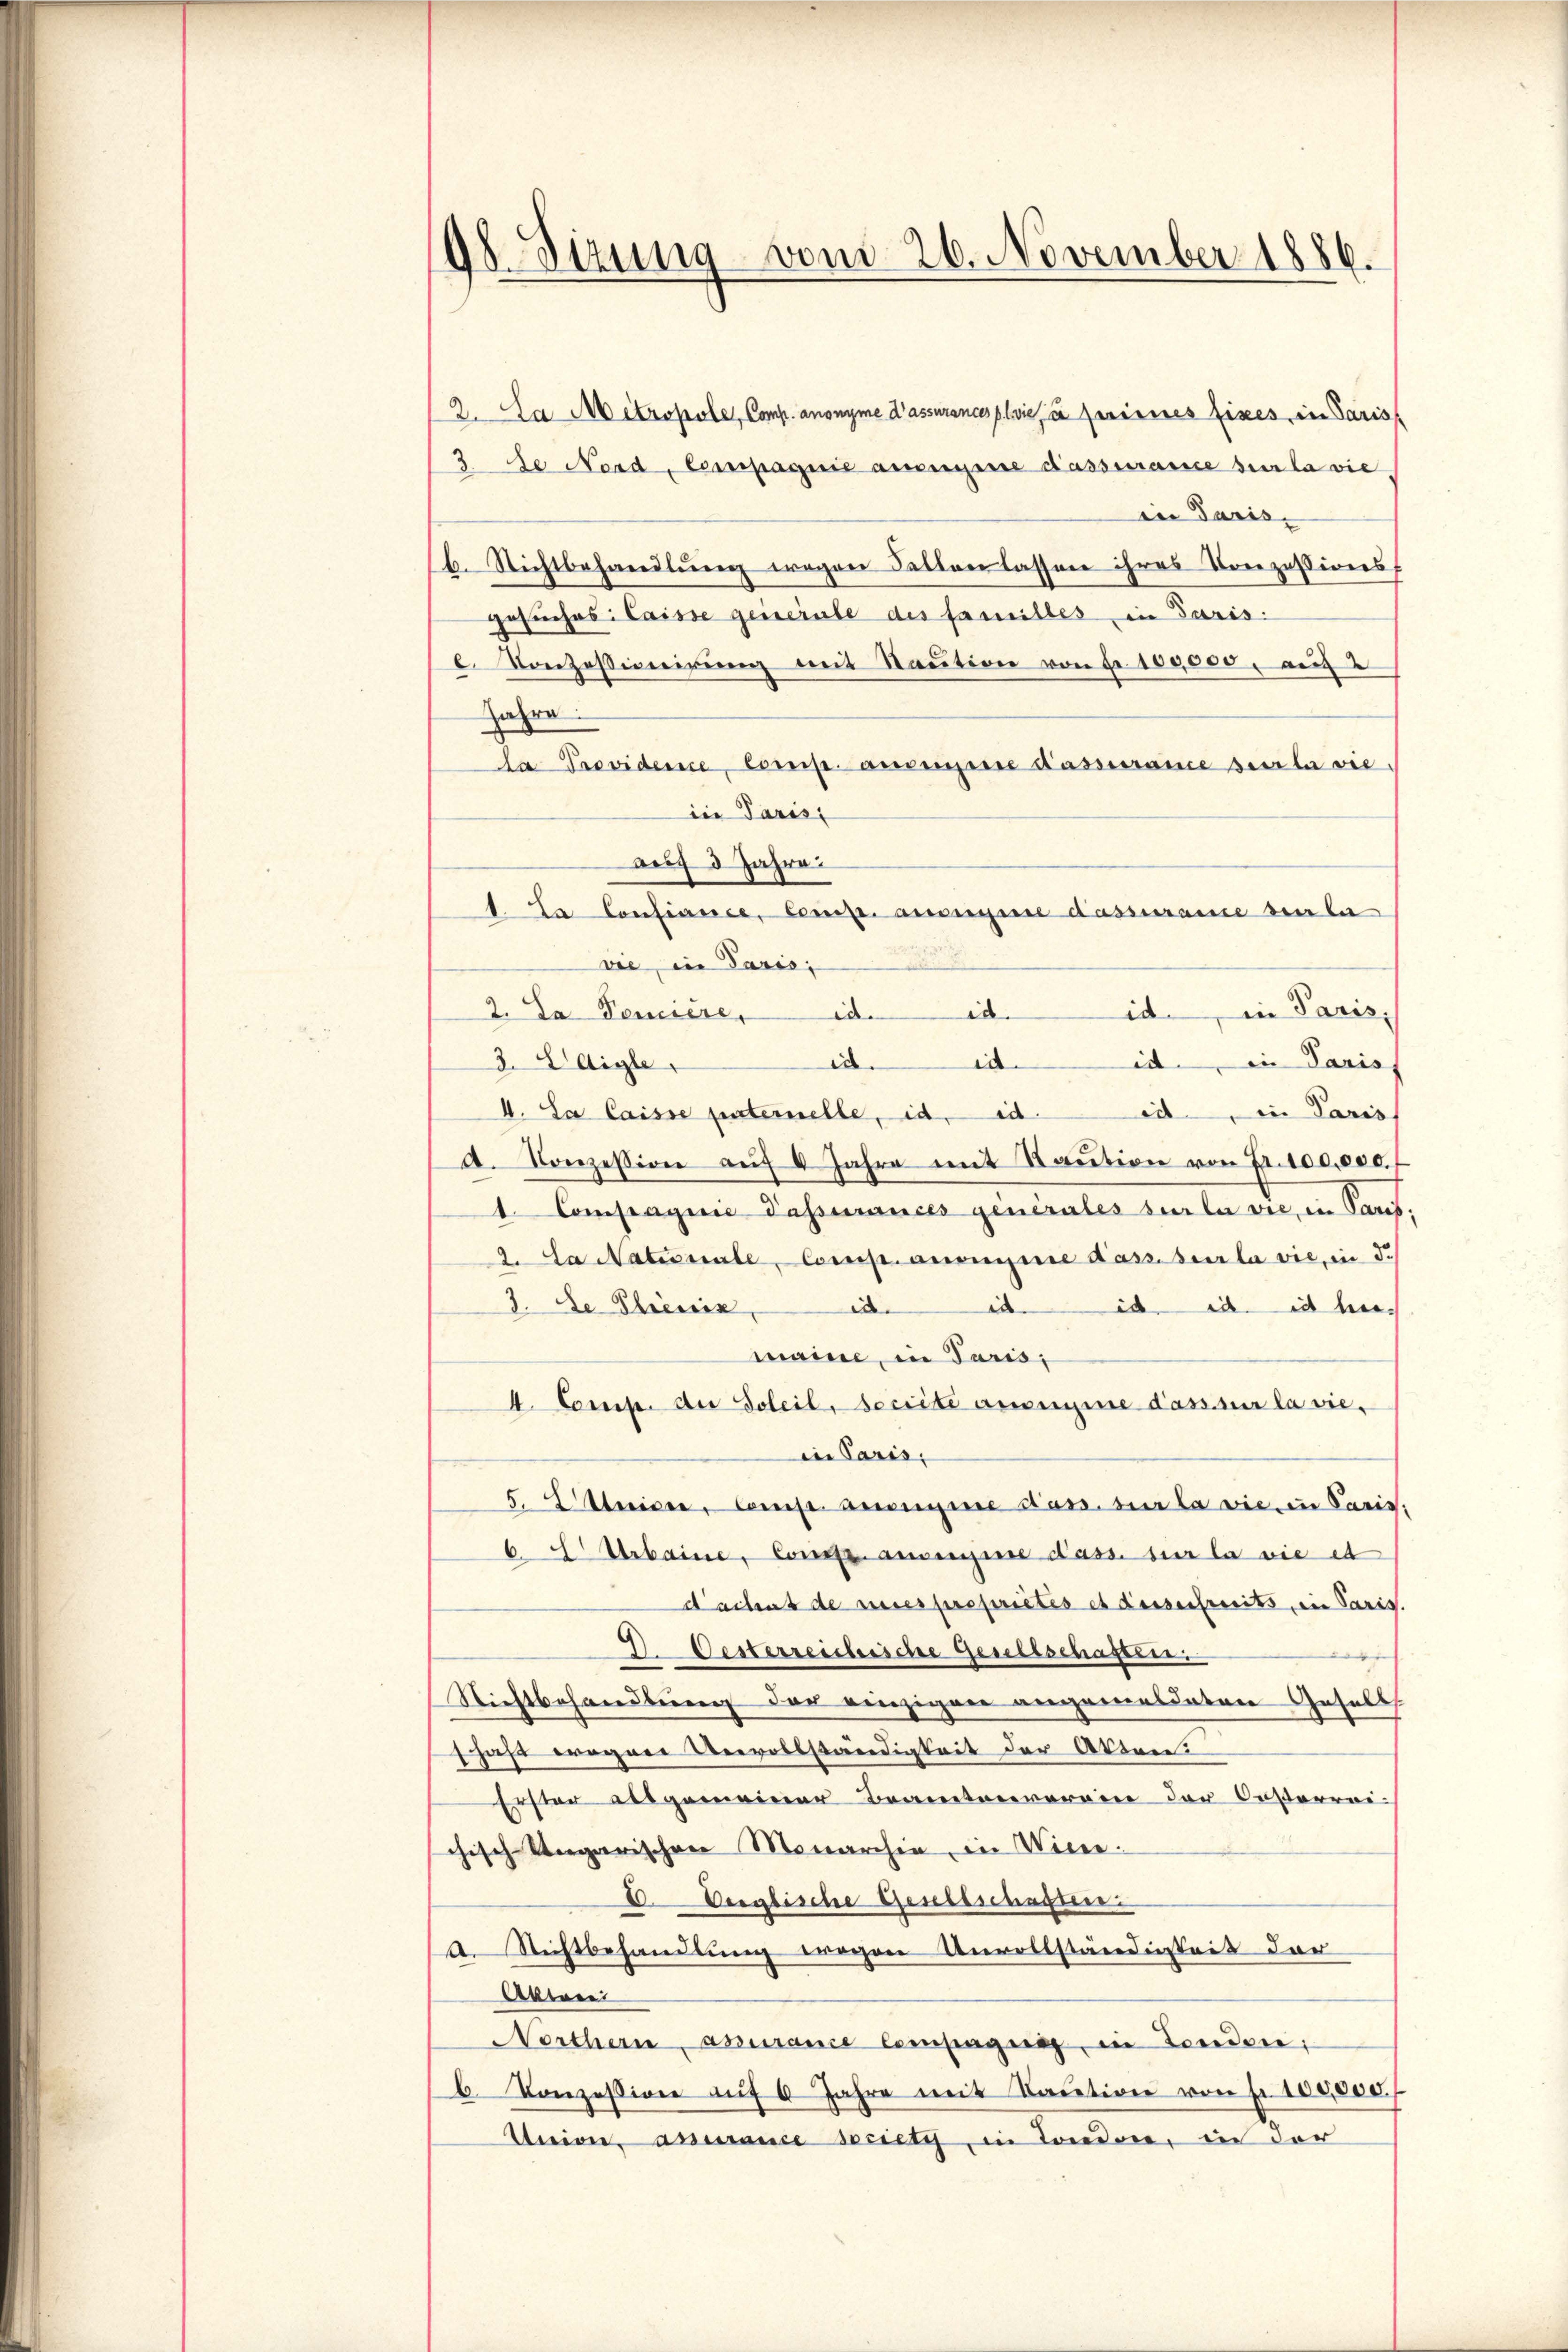
98 Sizung vom 26. November 1886.

2. La Mitropole, Comp. anonyme d’assurancs plaie, u. ferinnes fixes, in Paris
3 Se Nord, Compagnie aneigene dassurance sur la viein Paris.
b. Nichtbehandlung wegen Fallen lassen ihres Corrzässigens
gesuches: Caisse generale des familles in Paris.
l. Vonzessionirung mit Raŭtion von Nr. 100,000. auc
Jahre
la Previdene Comp. ansinne dassurance seula vie
in Paris
auf 3 Jahre
1. Er Confiance, Comp. auseigene dassurame den la
vie, in Paris;
2. Da Veniere, d. d. d. in Paris,
3. Laigle,
id.
id. d. Paris
4. La Caisse paternelle, id. d. d. in Paris
d. Konzession auf 4 Jahre mit Taŭtion von Fr. 100,000. f
t. Compagnie Passurances generales sur la vie, in Paris,
2. La Natissale, Comp. ansigene dass sur la vie, in d.
3. Se Phönix
ia.
id. d. d. in hiemaine, in Paris,
A. Comp. die Soleil, secrite auseine dass sur la vie-
in Paris.
5. Weiser, Comp. anergie dass sur la vie, in Paris,
6 Urbaine, Confz ausenjure Pass. sur la vie et
Nachat de mises propriétés et desserstreits, ein Paris.
V. Oesterreichische Genieschaften.
Nichtbehandlung der einzigen angemesdaten Gesells
schaft wegene Unvollständigkeit der Akten
Erster ausgemeiner Beantrerarein der Oesterrei
chisch-Ungarischen Monarchia, in Wiene
E. Verglische Gesellschaften.
2. Richtbehandlung wegen Unvollständigkeit der
Abwei
Northern akurance Compagnig, in Tenden;
b. Konzession aŭf 6 Jahre mit Taŭtion von Fr. 100,000.
Union assurance society in Londone, in der